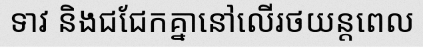
ទាវ និងជជែកគ្នានៅលើរថយន្តពេល